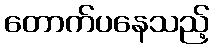
တောက်ပနေသည့်